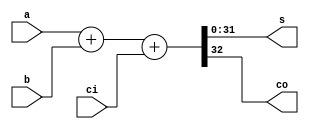
module adder_dataflow(s,co,a,b,ci);
parameter width=32;
output [width-1:0]s;
output co;
input [width-1:0]a;
input [width-1:0]b;
input ci;

assign {co,s}=a+b+ci;

endmodule